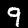
Digit: 9